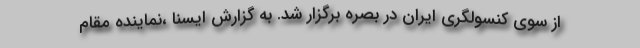
از سوی کنسولگری ایران در بصره برگزار شد. به گزارش ایسنا ،نماینده مقام